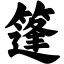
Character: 篷